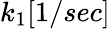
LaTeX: k_{1}[1/sec]